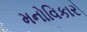
મનોવિકાર